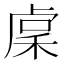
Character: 𥟃